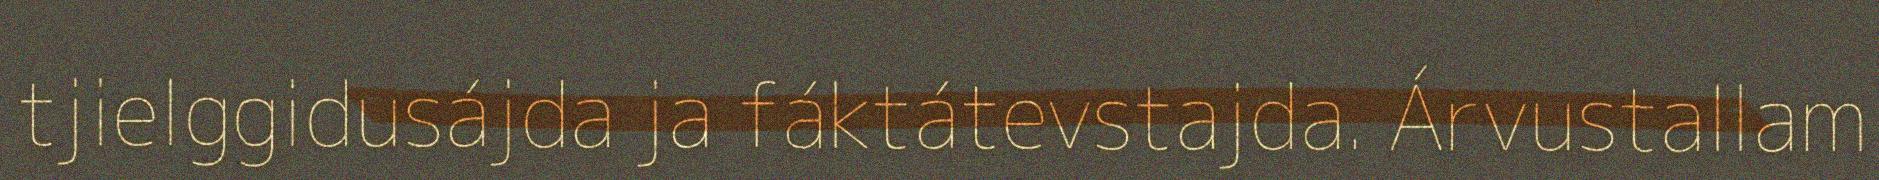
tjielggidusájda ja fáktátevstajda. Árvustallam